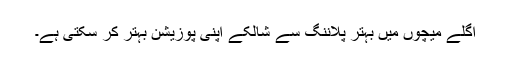
اگلے میچوں میں بہتر پلاننگ سے شالکے اپنی پوزیشن بہتر کر سکتی ہے۔